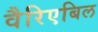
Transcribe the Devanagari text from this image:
वैरिएबिल